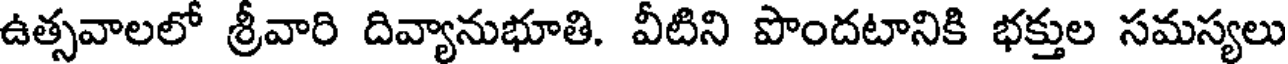
ఉత్సవాలలో శ్రీవారి దివ్యానుభూతి. వీటిని పొందటానికి భక్తుల సమస్యలు